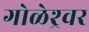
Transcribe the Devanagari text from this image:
गोळेश्र्वर